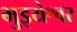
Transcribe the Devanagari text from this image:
भुइयेश्वर